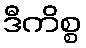
ဒီကိစ္စ